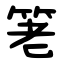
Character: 䇭